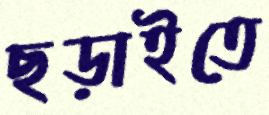
ছড়াইতে